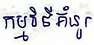
កម្មវិធីគំនូរ